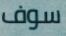
سوف